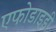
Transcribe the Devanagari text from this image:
एफोडाइडी